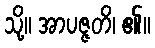
သို့။ အာပဇ္ဇတိ၊ ၏။